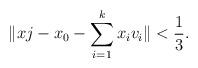
LaTeX: \begin{align*}\| xj-x_0-\sum_{i=1}^k x_iv_i\|<\frac{1}{3}.\end{align*}